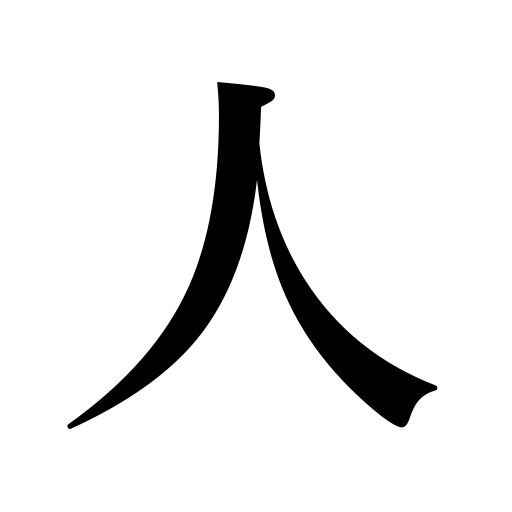
Meanings: personality,man,true man,adult,person,man of talent,visitor,character,other people,mankind,human being,people,messenger